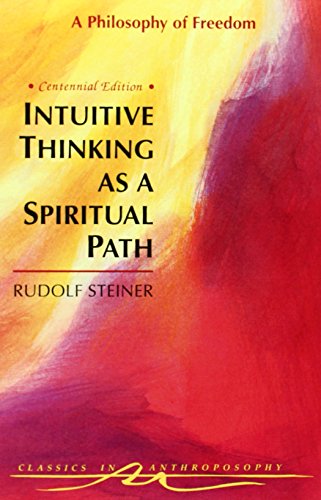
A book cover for Intuitive Thinking As a Spiritual Path: A Philosophy of Freedom (Classics in Anthroposophy); Rudolf Steiner; Politics & Social Sciences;